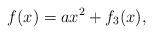
LaTeX: \begin{align*} f(x)= ax^2 + f_3(x), \end{align*}